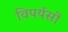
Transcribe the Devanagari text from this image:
विपर्यसों